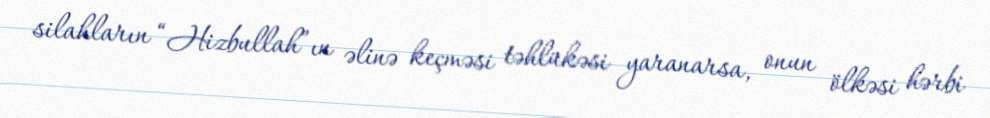
silahların “Hizbullah”ın əlinə keçməsi təhlükəsi yaranarsa, onun ölkəsi hərbi